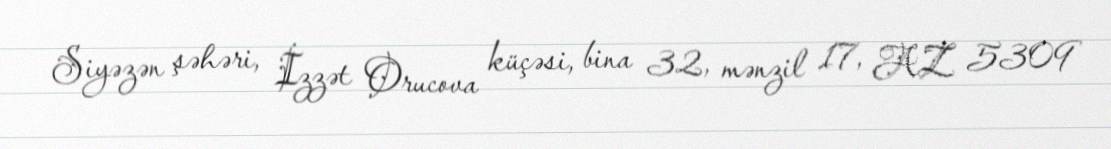
Siyəzən şəhəri, İzzət Orucova küçəsi, bina 32, mənzil 17, AZ 5309